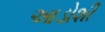
આડોશી